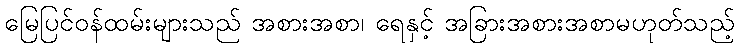
မြေပြင်ဝန်ထမ်းများသည် အစားအစာ၊ ရေနှင့် အခြားအစားအစာမဟုတ်သည့်